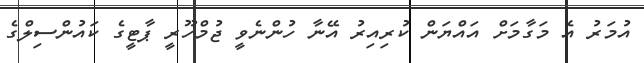
އުމަރު އެ މަގާމަށް އައްޔަން ކުރިއިރު އޭނާ ހުންނެވީ ޖުމްހޫރީ ޕާޓީގެ ކައުންސިލްގެ